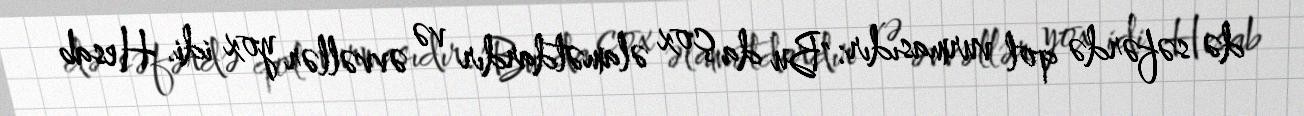
də səfərdə qol vurmasıdır: "Bu da çox əlamətdardır və əvvəllər yox idi. Hesab